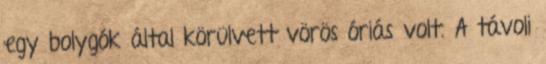
egy bolygók által körülvett vörös óriás volt. A távoli